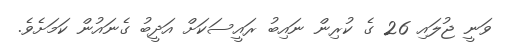
ވަނީ ޖުލައި 26 ގެ ކުރިން ނައިބު ރައީސަކަށް އަދީބު ގެނައުން ކަމަށެވެ.